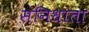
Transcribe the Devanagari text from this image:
संनिधाता